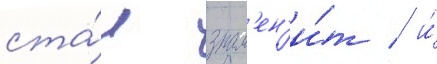
ста́л знам'ен'и́т / и́